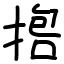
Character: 𪮇